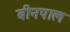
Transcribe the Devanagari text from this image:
बीनपाल